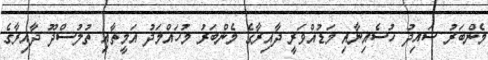
މެންބަރު ސައިދު ހުސެއިނާއި މަޑުއްވަރީ ދާއިރާގެ މެންބަރު މުހައްމަދު އަމީތާއި ތުލުސްދޫ ދާއިރާގެ